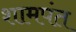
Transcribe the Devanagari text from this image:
शामपंत